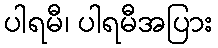
ပါရမီ၊ ပါရမီအပြား